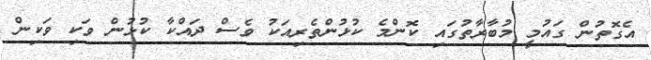
އެގޮތުން ގައުމީ މުބާރާތުގައި ކޮންމެ ކުޅުންތެރިއަކު ވެސް ދައްކާ ކުޅުން ވަކި ވަކިން